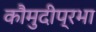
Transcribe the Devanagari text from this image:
कौमुदीप्रभा